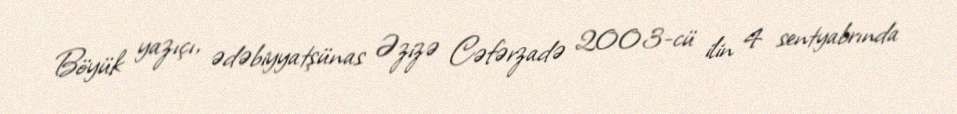
Böyük yazıçı, ədəbiyyatşünas Əzizə Cəfərzadə 2003-cü ilin 4 sentyabrında